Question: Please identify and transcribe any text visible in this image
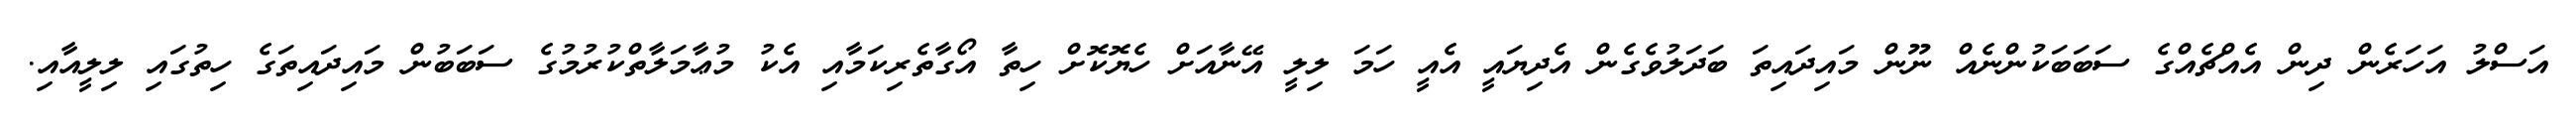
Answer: އަސްލު އަހަރެން ދިން އެއްޗެއްގެ ސަބަބަކުންނެއް ނޫން މައިދައިތަ ބަދަލުވެގެން އެދިޔައީ އެއީ ހަމަ ލިލީ އޭނާއަށް ހެޔޮކޮށް ހިތާ އޯގާތެރިކަމާއި އެކު މުޢާމަލާތްކުރުމުގެ ސަބަބުން މައިދައިތަގެ ހިތުގައި ލިލީއާއި.